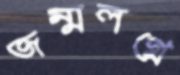
জন্মলগ্নে